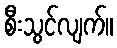
စီးသွင်လျက်။